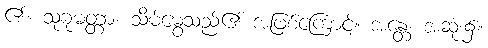
၏။ သုခုမတ္တာ၊ သိမ်မွေ့သည်၏ အဖြစ်ကြောင့်။ အန္တေ၊ အဆုံး၌။